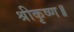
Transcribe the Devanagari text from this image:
श्रीकृष्ण॥